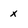
Character: X